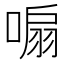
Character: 𭉮